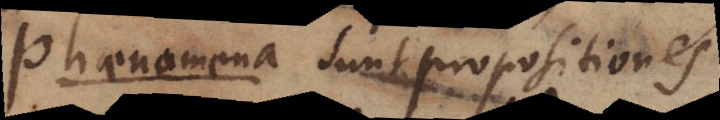
Phaenomena sunt propositiones